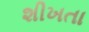
શીખતા